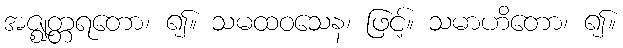
အဇ္ဈတ္တရတော၊ ၍။ သမထဝသေန၊ ဖြင့်။ သမာဟိတော၊ ၍။